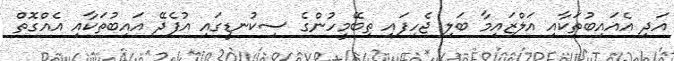
އަދި އެއައިބުތަކާއި އަލްޒައިމާ ބަލި ޖެހިފައި ތިބޭމީހުންގެ ސިކުނޑީގައި އުފެދޭ އައިބުތަކާއި އެއްގޮތް